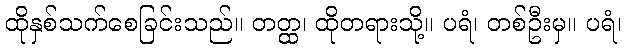
ထိုနှစ်သက်စေခြင်းသည်။ တတ္ထ၊ ထိုတရားသို့။ ပရံ၊ တစ်ဦးမှ။ ပရံ၊